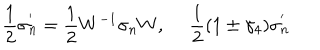
LaTeX: \frac { 1 } { 2 } \sigma _ { n } ^ { ' } = \frac { 1 } { 2 } W ^ { - 1 } \sigma _ { n } W , ~ ~ \frac { 1 } { 2 } ( 1 \pm \gamma _ { 4 } ) \sigma _ { n } ^ { ' }